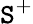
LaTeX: \mathtt{S}^{+}